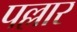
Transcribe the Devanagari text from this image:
पल्लार